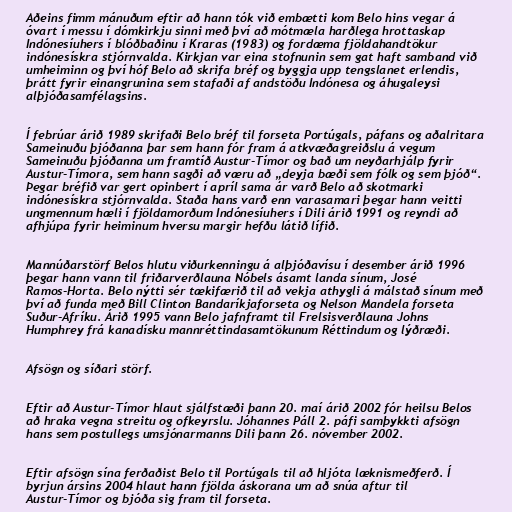
Aðeins fimm mánuðum eftir að hann tók við embætti kom Belo hins vegar á
óvart í messu í dómkirkju sinni með því að mótmæla harðlega hrottaskap
Indónesíuhers í blóðbaðinu í Kraras (1983) og fordæma fjöldahandtökur
indónesískra stjórnvalda. Kirkjan var eina stofnunin sem gat haft samband við
umheiminn og því hóf Belo að skrifa bréf og byggja upp tengslanet erlendis,
þrátt fyrir einangrunina sem stafaði af andstöðu Indónesa og áhugaleysi
alþjóðasamfélagsins.

Í febrúar árið 1989 skrifaði Belo bréf til forseta Portúgals, páfans og aðalritara
Sameinuðu þjóðanna þar sem hann fór fram á atkvæðagreiðslu á vegum
Sameinuðu þjóðanna um framtíð Austur-Tímor og bað um neyðarhjálp fyrir
Austur-Tímora, sem hann sagði að væru að „deyja bæði sem fólk og sem þjóð“.
Þegar bréfið var gert opinbert í apríl sama ár varð Belo að skotmarki
indónesískra stjórnvalda. Staða hans varð enn varasamari þegar hann veitti
ungmennum hæli í fjöldamorðum Indónesíuhers í Dili árið 1991 og reyndi að
afhjúpa fyrir heiminum hversu margir hefðu látið lífið.

Mannúðarstörf Belos hlutu viðurkenningu á alþjóðavísu í desember árið 1996
þegar hann vann til friðarverðlauna Nóbels ásamt landa sínum, José
Ramos-Horta. Belo nýtti sér tækifærið til að vekja athygli á málstað sínum með
því að funda með Bill Clinton Bandaríkjaforseta og Nelson Mandela forseta
Suður-Afríku. Árið 1995 vann Belo jafnframt til Frelsisverðlauna Johns
Humphrey frá kanadísku mannréttindasamtökunum Réttindum og lýðræði.

Afsögn og síðari störf.

Eftir að Austur-Tímor hlaut sjálfstæði þann 20. maí árið 2002 fór heilsu Belos
að hraka vegna streitu og ofkeyrslu. Jóhannes Páll 2. páfi samþykkti afsögn
hans sem postullegs umsjónarmanns Dili þann 26. nóvember 2002.

Eftir afsögn sína ferðaðist Belo til Portúgals til að hljóta læknismeðferð. Í
byrjun ársins 2004 hlaut hann fjölda áskorana um að snúa aftur til
Austur-Tímor og bjóða sig fram til forseta.